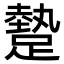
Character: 𨄧